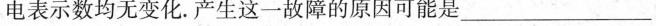
电表示数均无变化.产生这一故障的原因可能是___